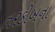
તરકીબના